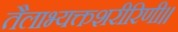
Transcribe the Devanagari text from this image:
तैलाभ्यक्तशरीरिणी॥